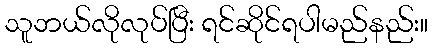
သူဘယ်လိုလုပ်ပြီး ရင်ဆိုင်ရပါမည်နည်း။